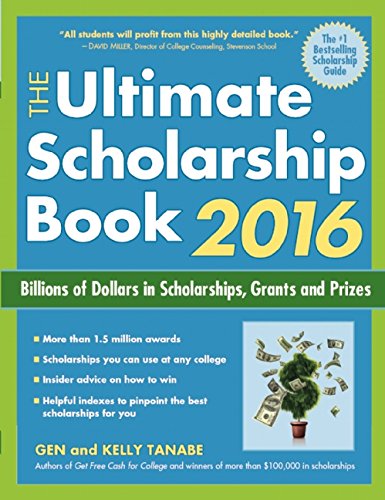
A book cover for The Ultimate Scholarship Book 2016: Billions of Dollars in Scholarships, Grants and Prizes (Ultimate Scholarship Book: Billions of Dollars in Scholarships,); Gen Tanabe; Education & Teaching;